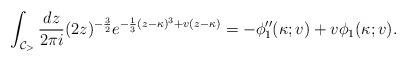
LaTeX: \begin{align*} \int_{\mathcal{C}_{>}}\frac{dz}{2\pi i } (2z)^{-\frac{3}{2}} e^{-\frac{1}{3}(z-\kappa)^3+v(z-\kappa)} = -\phi_{1}''(\kappa;v)+ v\phi_{1}(\kappa;v). \end{align*}